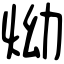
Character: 㶭